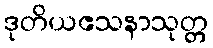
ဒုတိယဧသနာသုတ္တ